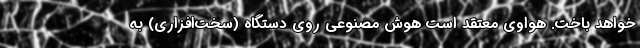
خواهد باخت. هواوی معتقد است هوش مصنوعیِ روی دستگاه (سخت‌افزاری) به